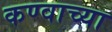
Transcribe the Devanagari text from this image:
कण्वाच्या